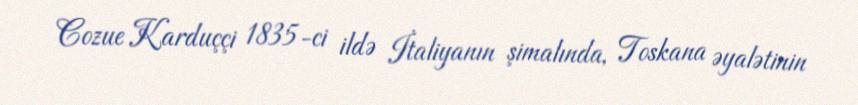
Cozue Karduççi 1835-ci ildə İtaliyanın şimalında, Toskana əyalətinin